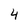
Character: 4